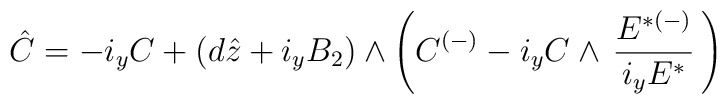
\hat{C} = - i_y C + (d\hat{z}+ i_yB_2)\wedge \left(C^{(-)}- i_y C \wedge \, {{E}^{ {*}(-)}\over i_{y}{E}^{ {*}}}\, \right)\,